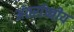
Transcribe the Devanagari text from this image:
अंतर्राष्त्रीय